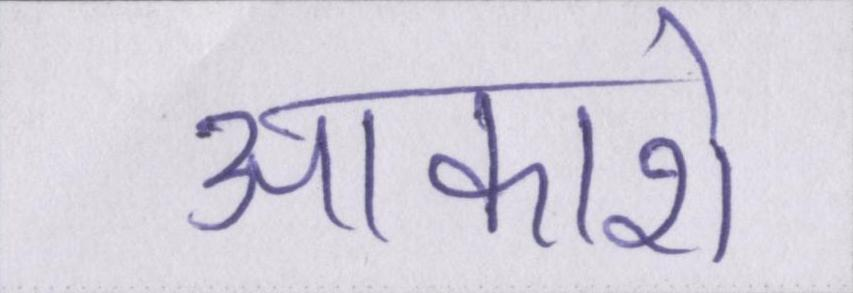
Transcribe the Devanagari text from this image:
आकाशे